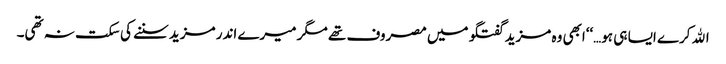
اﷲ کرے ایسا ہی ہو…‘‘ابھی وہ مزید گفتگو میں مصروف تھے مگر میرے اندر مزید سننے کی سکت نہ تھی۔